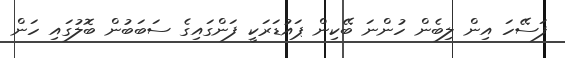
ފަސޭހަ އިން ލިބެން ހުންނަ ބޭކިން ޕައުޑަރަކީ ފަންގައިގެ ސަބަބުން ބޮލުގައި ހަން